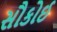
સૌકોઈ